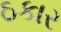
ઠકાર